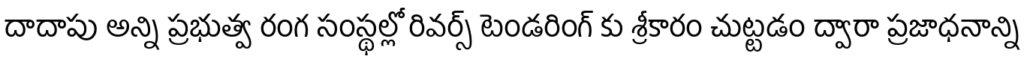
దాదాపు అన్ని ప్రభుత్వ రంగ సంస్థల్లో రివర్స్ టెండరింగ్ కు శ్రీకారం చుట్టడం ద్వారా ప్రజాధనాన్ని